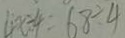
4 x \div 4 = 6 8 \div 4